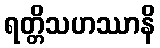
ရတ္တိသဟဿာနိ